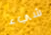
شيء